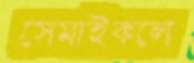
সেমাইকলে